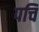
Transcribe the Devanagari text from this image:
पचि